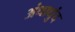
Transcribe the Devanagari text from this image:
अंधाधुंद